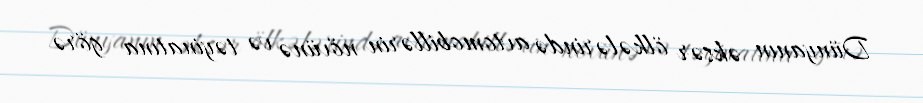
Dünyanın əksər ölkələrində avtomobillərin növünə və təyinatına görə